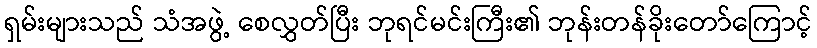
ရှမ်းများသည် သံအဖွဲ့ စေလွှတ်ပြီး ဘုရင်မင်းကြီး၏ ဘုန်းတန်ခိုးတော်ကြောင့်